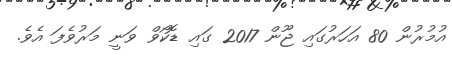
އުމުރުން 80 އަހަރުގައި ޖޫން 2017 ގައި ޑޮކޯވް ވަނީ މަރުވެފަ އެވެ.